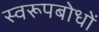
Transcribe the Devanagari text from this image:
स्वरूपबोधों